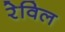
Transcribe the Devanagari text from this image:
रेविल